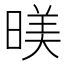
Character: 𣈸